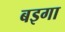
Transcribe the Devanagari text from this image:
बइगा